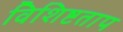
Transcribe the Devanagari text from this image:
विशिष्टताप